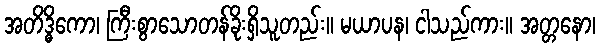
အတိဒ္ဓိကော၊ ကြီးစွာသောတန်ခိုးရှိသူတည်း။ မယာပန၊ ငါသည်ကား။ အတ္တနော၊